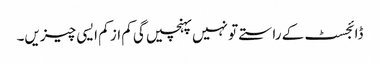
ڈائجسٹ کے راستے تو نہیں پہنچیں گی کم از کم ایسی چیزیں۔